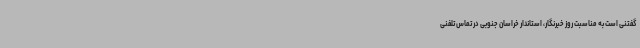
گفتنی است به مناسبت روز خبرنگار، استاندار خراسان جنوبی در تماس تلفنی